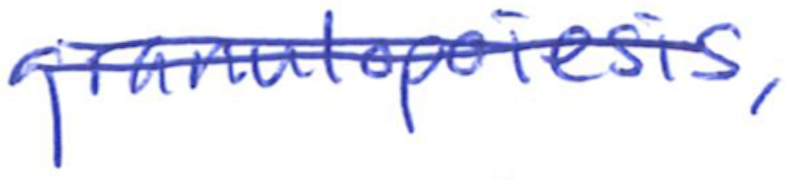
Text: granulopoiesis,
Cross-out: double-line
Writing tool: ballpoint